Civil Veterinary Department. Central Provinces & Berar 1925-31 - 1925-1931
Year: 1925
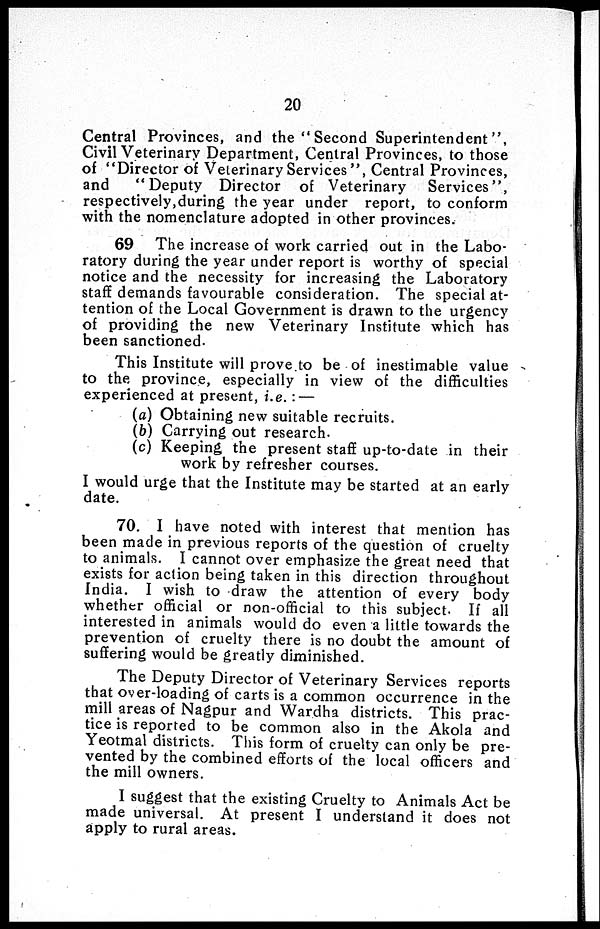
20
Central Provinces, and the "Second Superintendent",
Civil Veterinary Department, Central Provinces, to those
of "Director of Veterinary Services", Central Provinces,
and
"Deputy Director of Veterinary
Services",
respectively,during the year under report, to conform
with the nomenclature adopted in other provinces.
69 The increase of work carried out in the Labo-
ratory during the year under report is worthy of special
notice and the necessity for increasing the Laboratory
staff demands favourable consideration. The special at-
tention of the Local Government is drawn to the urgency
of providing the new Veterinary Institute which has
been sanctioned.
This Institute will prove to be of inestimable value
to the province, especially in view of the difficulties
experienced at present, i.e.:—
(a) Obtaining new suitable recruits.
(b) Carrying out research.
(c) Keeping the present staff up-to-date in their
work by refresher courses.
I would urge that the Institute may be started at an early
date.
70. I have noted with interest that mention has
been made in previous reports of the question of cruelty
to animals. I cannot over emphasize the great need that
exists for action being taken in this direction throughout
India. I wish to draw the attention of every body
whether official or non-official to this subject. If all
interested in animals would do even a little towards the
prevention of cruelty there is no doubt the amount of
suffering would be greatly diminished.
The Deputy Director of Veterinary Services reports
that over-loading of carts is a common occurrence in the
mill areas of Nagpur and Wardha districts. This prac-
tice is reported to be common also in the Akola and
Yeotmal districts. This form of cruelty can only be pre-
vented by the combined efforts of the local officers and
the mill owners.
I suggest that the existing Cruelty to Animals Act be
made universal. At present I understand it does not
apply to rural areas.